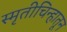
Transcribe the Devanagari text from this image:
स्मृतीचिन्हातून